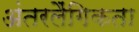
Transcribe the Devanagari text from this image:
अंतरलैंगिकता